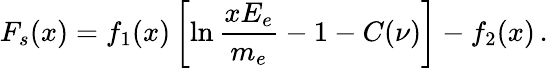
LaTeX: F_{s}(x)=f_{1}(x)\left[\ln{\frac{xE_{e}}{m_{e}}}-1-C(\nu)\right]-f_{2}(x)\, .